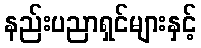
နည်းပညာရှင်များနှင့်